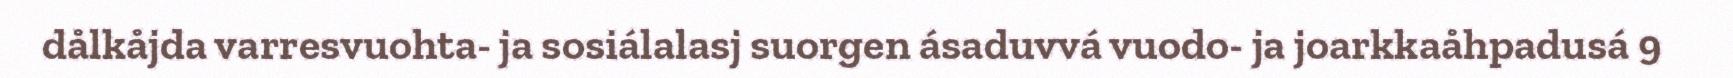
dålkåjda varresvuohta- ja sosiálalasj suorgen ásaduvvá vuodo- ja joarkkaåhpadusá 9